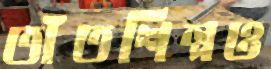
তাঁতশিল্পও